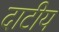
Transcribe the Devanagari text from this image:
दाटीय